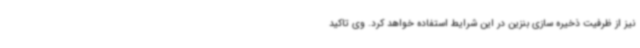
نیز از ظرفیت ذخیره سازی بنزین در این شرایط استفاده خواهد کرد. وی تاکید